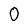
Character: 0